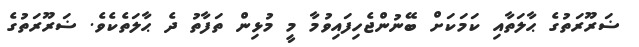
ޟަރޫރަތުގެ ޙާލަތާއި ކަމަކަށް ބޭނުންޖެހިފައިވުމާ މީ މުޅިން ތަފާތު ދެ ޙާލަތެކެވެ. ޟަރޫރަތުގެ